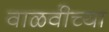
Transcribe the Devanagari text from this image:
वाळवीच्या